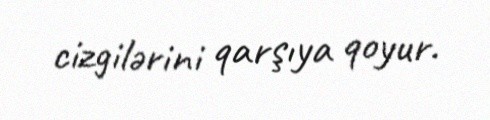
cizgilərini qarşıya qoyur.